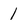
Character: 1